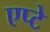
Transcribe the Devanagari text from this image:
एप्टे